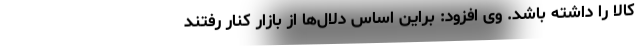
کالا را داشته باشد. وی افزود: براین اساس دلال‌ها از بازار کنار رفتند